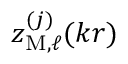
z _ { \mathrm { M } , \ell } ^ { ( j ) } ( k r )